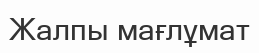
Жалпы мағлұмат